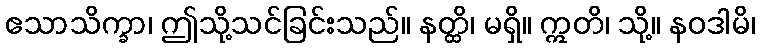
ဧသာသိက္ခာ၊ ဤသို့သင်ခြင်းသည်။ နတ္ထိ၊ မရှိ။ ဣတိ၊ သို့။ နဝဒါမိ၊